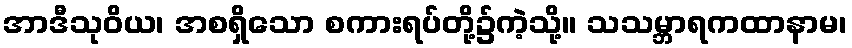
အာဒီသုဝိယ၊ အစရှိသော စကားရပ်တို့၌ကဲ့သို့။ သသမ္ဘာရကထာနာမ၊